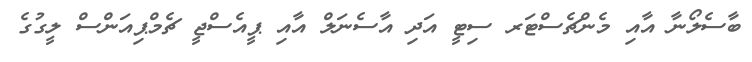
ބާސެލޯނާ އާއި މެންޗެސްޓަރ ސިޓީ އަދި އާސެނަލް އާއި ޕީއެސްޖީ ޗެމްޕިއަންސް ލީގުގެ